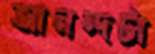
আনন্দটা